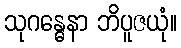
သုဂန္ဓေနာ ဘိပူဇယုံ။